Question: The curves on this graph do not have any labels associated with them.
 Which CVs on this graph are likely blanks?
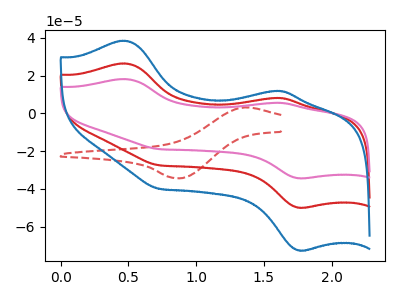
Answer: <think>The red curve "red" has anodic peaks at (0.45V, 26.50uA) (1.60V, 8.25uA) and cathodic peaks at (1.75V, -49.90uA) (0.75V, -27.45uA). The red dashed curve "red dashed" has an anodic peak at (1.35V, 3.20uA) and a cathodic peak at (0.85V, -34.30uA). The pink curve "pink" has anodic peaks at (0.45V, 18.25uA) (1.60V, 5.65uA) and cathodic peaks at (1.75V, -34.30uA) (0.75V, -18.85uA). The blue curve "blue" has anodic peaks at (0.45V, 53.00uA) (1.60V, 16.50uA) and cathodic peaks at (1.75V, -99.75uA) (0.75V, -54.90uA).</think>
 <answer>There are not any CV's on this graph that are likely to be blanks.</answer>
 <eval>none</eval>